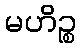
မဟိဉ္စ